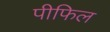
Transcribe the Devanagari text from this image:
पीफिल